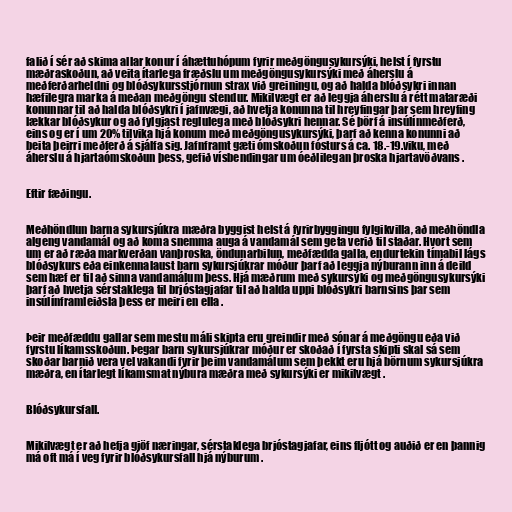
falið í sér að skima allar konur í áhættuhópum fyrir meðgöngusykursýki, helst í fyrstu
mæðraskoðun, að veita ítarlega fræðslu um meðgöngusykursýki með áherslu á
meðferðarheldni og blóðsykursstjórnun strax við greiningu, og að halda blóðsykri innan
hæfilegra marka á meðan meðgöngu stendur. Mikilvægt er að leggja áherslu á rétt mataræði
konunnar til að halda blóðsykri í jafnvægi, að hvetja konunna til hreyfingar þar sem hreyfing
lækkar blóðsykur og að fylgjast reglulega með blóðsykri hennar. Sé þörf á insúlínmeðferð,
eins og er í um 20% tilvika hjá konum með meðgöngusykursýki, þarf að kenna konunni að
beita þeirri meðferð á sjálfa sig. Jafnframt gæti ómskoðun fósturs á ca. 18.-19.viku, með
áherslu á hjartaómskoðun þess, gefið vísbendingar um óeðlilegan þroska hjartavöðvans .

Eftir fæðingu.

Meðhöndlun barna sykursjúkra mæðra byggist helst á fyrirbyggingu fylgikvilla, að meðhöndla
algeng vandamál og að koma snemma auga á vandamál sem geta verið til staðar. Hvort sem
um er að ræða markverðan vanþroska, öndunarbilun, meðfædda galla, endurtekin tímabil lágs
blóðsykurs eða einkennalaust barn sykursjúkrar móður þarf að leggja nýburann inn á deild
sem hæf er til að sinna vandamálum þess. Hjá mæðrum með sykursýki og meðgöngusykursýki
þarf að hvetja sérstaklega til brjóstagjafar til að halda uppi blóðsykri barnsins þar sem
insúlínframleiðsla þess er meiri en ella .

Þeir meðfæddu gallar sem mestu máli skipta eru greindir með sónar á meðgöngu eða við
fyrstu líkamsskoðun. Þegar barn sykursjúkrar móður er skoðað í fyrsta skipti skal sá sem
skoðar barnið vera vel vakandi fyrir þeim vandamálum sem þekkt eru hjá börnum sykursjúkra
mæðra, en ítarlegt líkamsmat nýbura mæðra með sykursýki er mikilvægt .

Blóðsykursfall.

Mikilvægt er að hefja gjöf næringar, sérstaklega brjóstagjafar, eins fljótt og auðið er en þannig
má oft má í veg fyrir blóðsykursfall hjá nýburum .